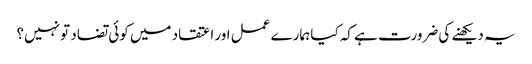
یہ دیکھنے کی ضرورت ہے کہ کیا ہمارے عمل اور اعتقاد میں کوئی تضاد تو نہیں؟